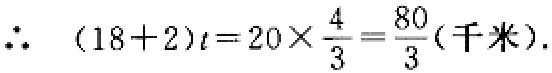
\(\therefore (18 + 2)t=20\times\frac{4}{3}=\frac{80}{3}(\text{千米}).\)